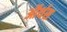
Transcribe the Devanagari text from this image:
ऑर्थस